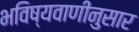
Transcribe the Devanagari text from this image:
भविष्यवाणीनुसार